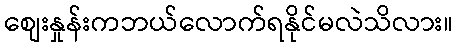
စျေးနှုန်းကဘယ်လောက်ရနိုင်မလဲသိလား။